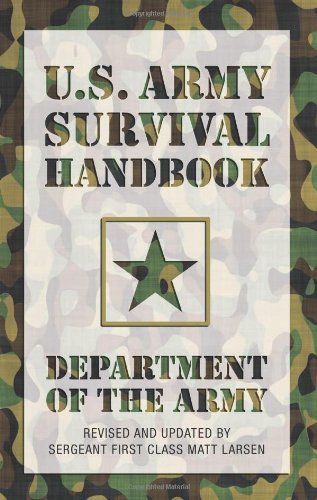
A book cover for U.S. Army Survival Handbook, Revised; Department of the Army; Sports & Outdoors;